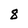
Character: 8